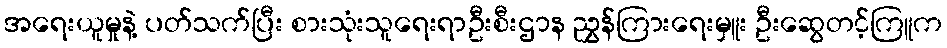
အရေးယူမှုနဲ့ ပတ်သက်ပြီး စားသုံးသူရေးရာဦးစီးဌာန ညွှန်ကြားရေးမှူး ဦးဆွေတင့်ကြူက